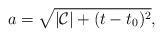
LaTeX: \begin{align*}a = \sqrt{|\mathcal{C}|+(t-t_0)^2},\end{align*}